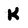
Character: K